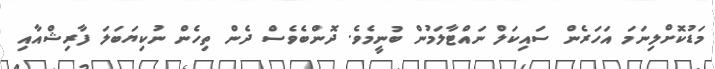
މަޑުކޮށްލިނަމަ އަހަރެން ސައިކަލް ނައްޓާލަމުން ބުނީމެވެ. ދޮންބެވެސް ދެން ތިހެން ނުކިޔަބަލަ ފާރިޝްއާއި